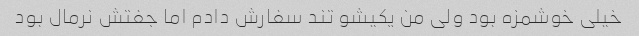
خیلی خوشمزه بود ولی من یکیشو تند سفارش دادم اما جفتش نرمال بود